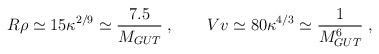
\begin{align*}R\rho \simeq 15\kappa^{2/9} \simeq \frac{7.5}{M_{GUT}}\; , \qquad Vv \simeq 80\kappa^{4/3} \simeq \frac{1}{M_{GUT}^6}\; , \end{align*}